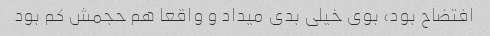
افتضاح بود، بوی خیلی بدی میداد و واقعا هم حجمش کم بود